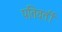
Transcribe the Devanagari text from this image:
पतिवर्ती